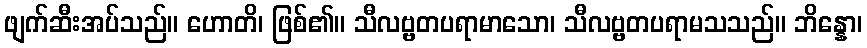
ဖျက်ဆီးအပ်သည်။ ဟောတိ၊ ဖြစ်၏။ သီလဗ္ဗတပရာမာသော၊ သီလဗ္ဗတပရာမသသည်။ ဘိန္နော၊